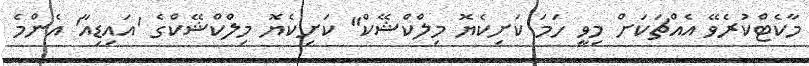
މާކެޓްކުރެވޭ އެއްޗަކަށް މިވީ ހަމަ ކަށިކެޔޮ މިލްކްޝޭކް" ކަށިކެޔޮ މިލްކްޝޭކްގެ 'އައިޑިއާ' އެންމެ